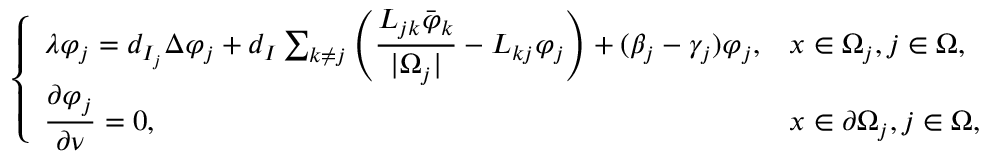
\left\{ \begin{array} { l l } { \lambda \varphi _ { j } = d _ { I _ { j } } \Delta \varphi _ { j } + d _ { I } \sum _ { k \neq j } \left( \displaystyle \frac { L _ { j k } \bar { \varphi } _ { k } } { | \Omega _ { j } | } - L _ { k j } \varphi _ { j } \right) + ( \beta _ { j } - \gamma _ { j } ) \varphi _ { j } , } & { x \in \Omega _ { j } , j \in \Omega , } \\ { \displaystyle \frac { \partial \varphi _ { j } } { \partial \nu } = 0 , } & { x \in \partial \Omega _ { j } , j \in \Omega , } \end{array} \right.